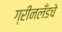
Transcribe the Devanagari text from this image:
ग्रीनलँडचे